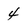
Character: 4